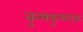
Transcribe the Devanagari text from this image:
कुमकुमएक